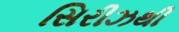
સિરીઝથી